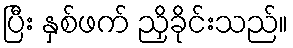
ပြီး နှစ်ဖက် ညှိခိုင်းသည်။